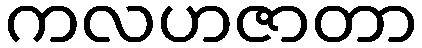
ကလဟဇာတာ